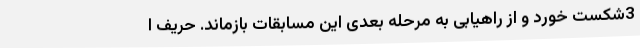
3شکست خورد و از راهیابی به مرحله بعدی این مسابقات بازماند. حریف ا